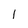
Character: 1